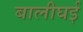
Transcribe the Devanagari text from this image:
बालीघई